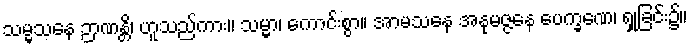
သမ္မသနေ ဉာဏန္တိ၊ ဟူသည်ကား။ သမ္မာ၊ ကောင်းစွာ။ အာမသနေ အနုမဇ္ဇနေ ပေက္ခဏေ၊ ရှုခြင်း၌။